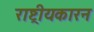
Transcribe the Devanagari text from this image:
राष्ट्रीयकारन